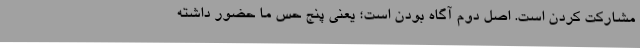
مشارکت کردن است. اصل دوم آگاه بودن است؛ یعنی پنج حس ما حضور داشته